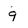
Character: 9